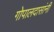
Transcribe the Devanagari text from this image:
गोपालदासांनी